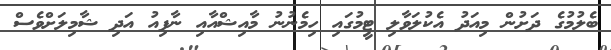
ބެލުމުގެ ދަށުން މިއަދު އެކުލަވާލި ޓީމުގައި ހިމެނުނު މާއިޝްއާއި ނާފިއު އަދި ޝާމިލަށްވެސް